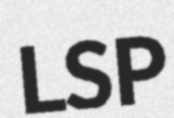
LSP